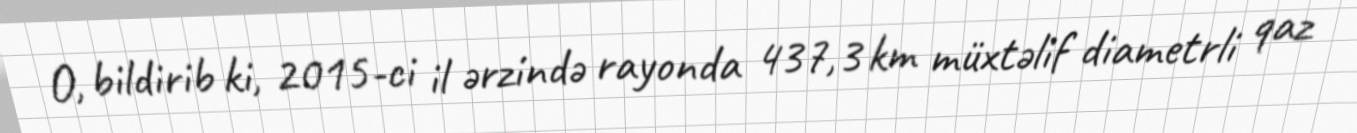
O, bildirib ki, 2015-ci il ərzində rayonda 437,3 km müxtəlif diametrli qaz